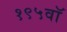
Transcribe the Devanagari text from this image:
१९५वॉ